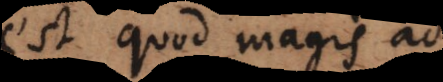
est quod magis ad